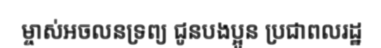
ម្ចាស់អចលនទ្រព្យ ជូនបងប្អូន ប្រជាពលរដ្ឋ